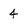
Character: 4